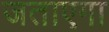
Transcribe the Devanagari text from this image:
जताएगा